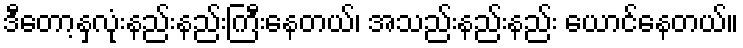
ဒီတော့နှလုံးနည်းနည်းကြီးနေတယ်၊ အသည်းနည်းနည်း ယောင်နေတယ်။